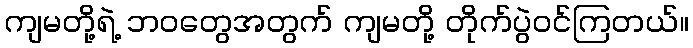
ကျမတို့ရဲ့ ဘဝတွေအတွက် ကျမတို့ တိုက်ပွဲဝင်ကြတယ်။